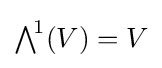
{\textstyle \bigwedge }^{\!1}(V)=V